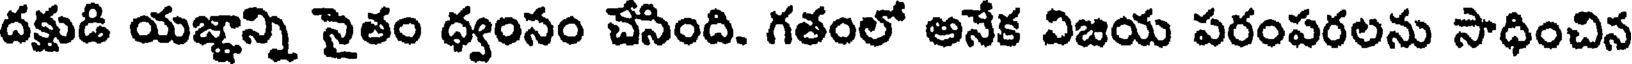
దక్షుడి యజ్ఞాన్ని నైతం ధ్వంనం చేసింది. గతంలో అనేక విజయ పరంపరలను సాధించిన